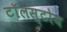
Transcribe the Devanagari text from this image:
टॉलस्टोय